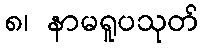
၈၊ နာမရူပသုတ်